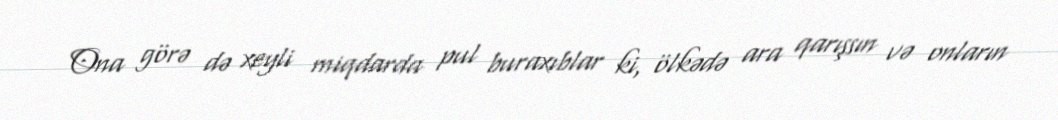
Ona görə də xeyli miqdarda pul buraxıblar ki, ölkədə ara qarışsın və onların